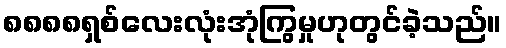
၈၈၈၈ရှစ်လေးလုံးအုံကြွမှုဟုတွင်ခဲ့သည်။